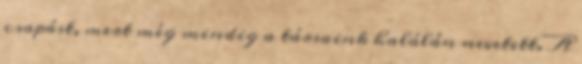
csapást, mert még mindig a társaink halálán nevetett. A